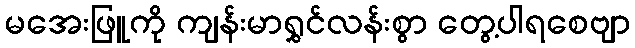
မအေးဖြူကို ကျန်းမာရွှင်လန်းစွာ တွေ့ပါရစေဗျာ